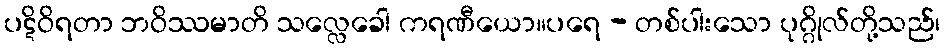
ပဋိဝိရတာ ဘဝိဿမာတိ သလ္လေခေါ ကရဏီယော။ပရေ - တစ်ပါးသော ပုဂ္ဂိုလ်တို့သည်၊